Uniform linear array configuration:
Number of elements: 48
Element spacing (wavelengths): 0.75
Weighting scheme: binomial
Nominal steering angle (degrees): -45
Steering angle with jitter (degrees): -44.298
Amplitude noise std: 0.05
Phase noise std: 0.05

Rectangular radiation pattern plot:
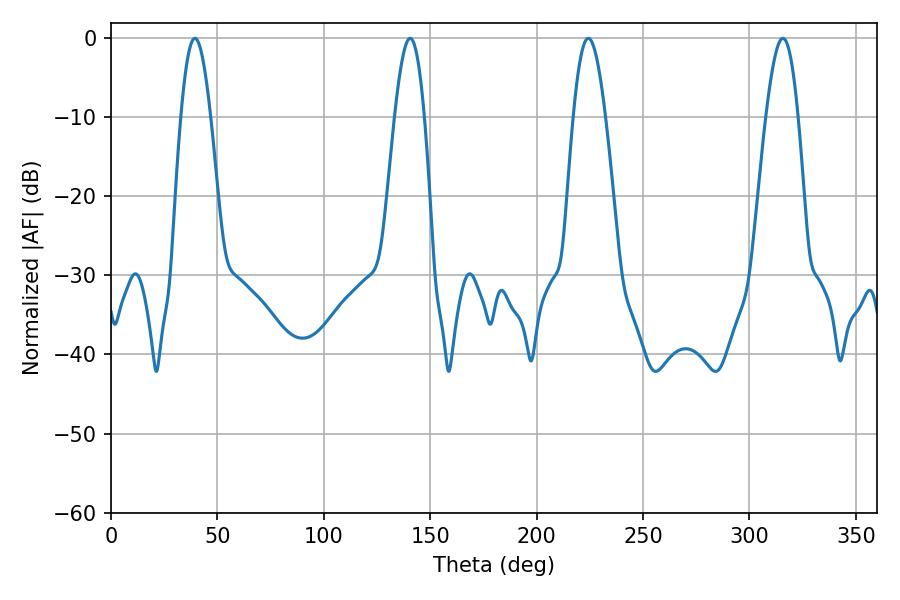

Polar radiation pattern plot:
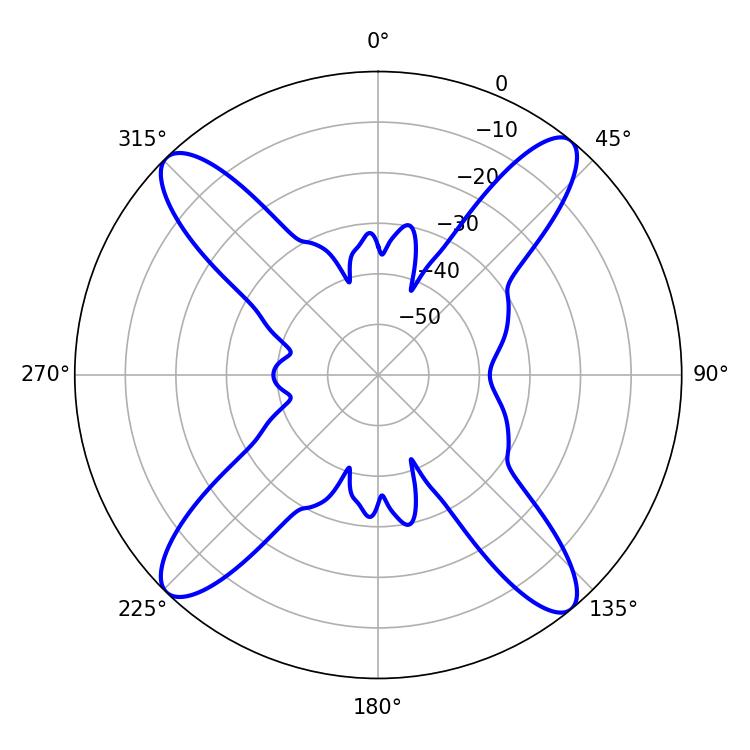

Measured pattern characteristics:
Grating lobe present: TRUE
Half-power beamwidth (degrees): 8.1
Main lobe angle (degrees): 224.28